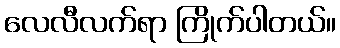
လေလီလက်ရာ ကြိုက်ပါတယ်။